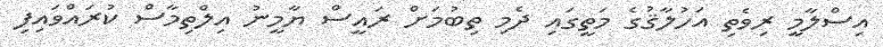
އިސްލާމީ ރިވެތި އަހުލާޤުގެ މަތީގައި ދެމި ތިބުމަށް ރައީސް ޔާމީނު އިލްތިމާސް ކުރައްވައިފި